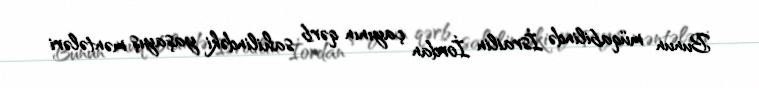
Bunun müqabilində İsrailin İordan çayının qərb sahilindəki yaşayış məntələri